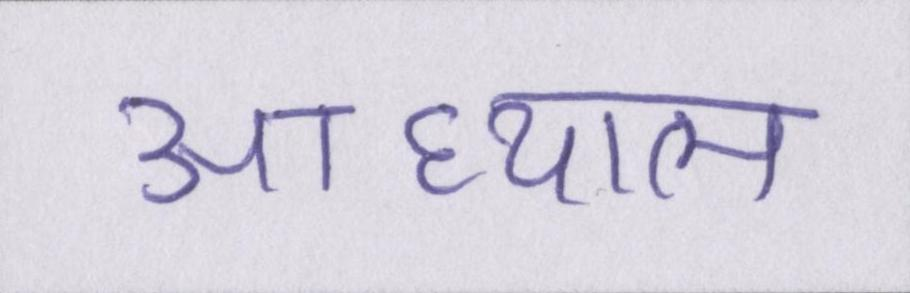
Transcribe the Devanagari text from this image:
आध्यात्म